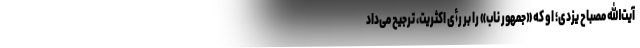
آیت‌الله مصباح یزدی؛ او که «جمهور ناب» را بر رأی اکثریت، ترجیح می‌داد